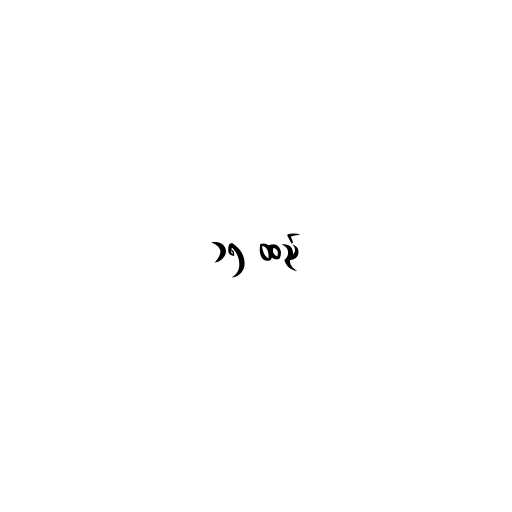
၁၅ ထည်